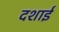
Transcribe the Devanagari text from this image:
दशाई